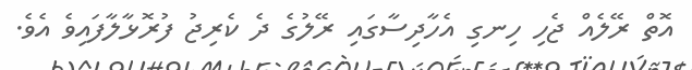
އޮތް ރޭލެއް ޖެހި ހިނގި އެހާދިސާގައި ރޭލުގެ ދެ ކެރިޖު ފުރޮޅާލާފައިވެ އެެވެ.